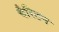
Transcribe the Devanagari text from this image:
चैरिटन